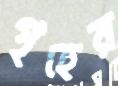
গৃহের